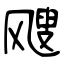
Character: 飕